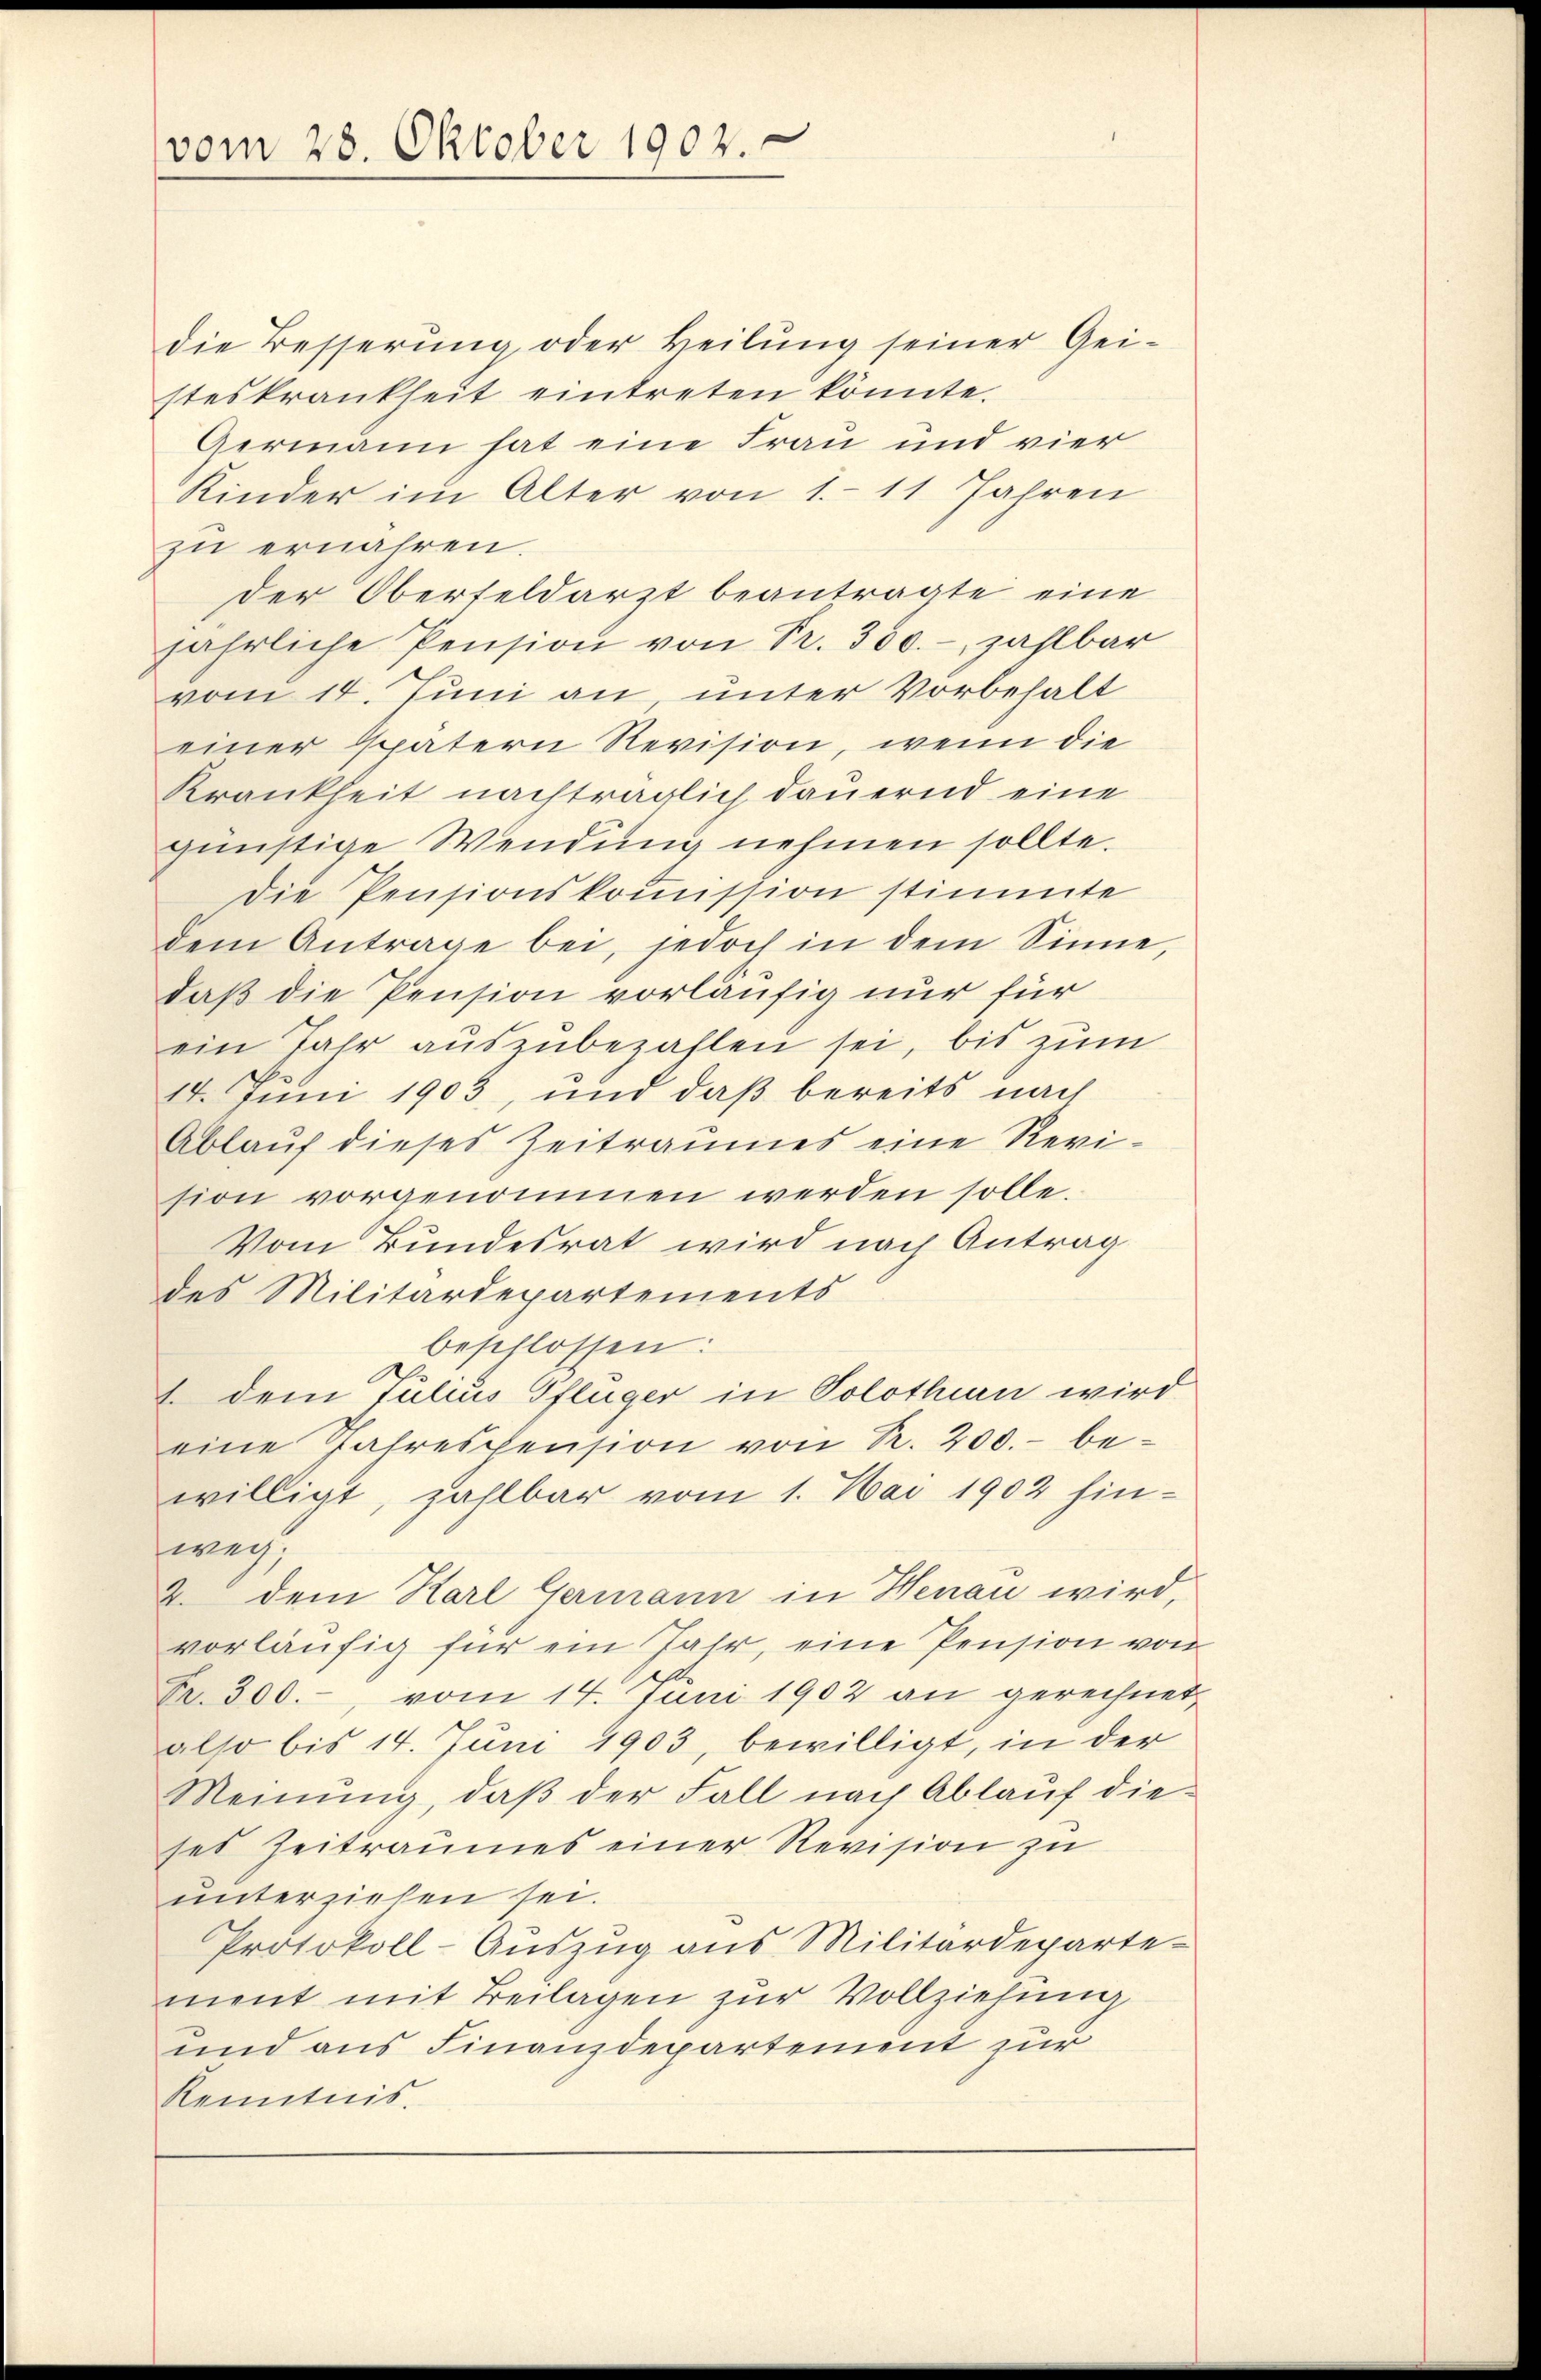
vom 28. Oktober 1902

die Besserung oder Heilung seiner Gei-
steskrankheit eintreten könnte.
Germann hat eine Frau und vier
Kinder im Alter von 1. 11 Jahren
zu ernähren.
der Oberfeldarzt beantragte eine
jährliche Pension von Fr. 300.- zahlbar
vom 14. Juni an, unter Vorbehalt
einer spätern Revision, wenn die
Krankheit nachträglich dauernd eine
günstige Wendung nehmen sollte.
Die Pensionskommission stimmte
dem Antrage bei, jedoch in dem Sinne,
daß die Pension vorläufig nur für
ein Jahr aŭszŭbezahlen sei, bis zum
14. Juni 1903, und daß bereits nach
Ablauf dieses Zeitraumes eine Revision vorgenommen werden solle.
Vom Bundesrat wird nach Antrag
des Militärdepartements
beschlossen:
1. dem Julius Pflüger in Solothurn wird
eine Jahrespension von R. 200.- bewilligt, zahlbar vom 1. Mai 1902 hinweg,
2. dem Karl Germann in Henau wird,
vorläufig für ein Jahr, eine Pension von
A.
Fr. 300.-, vom 14. Juni 1902 an gerechnet,
also bis 14. Juni 1903, bewilligt, in der
Meinŭng, daβ der Fall nach Ablaŭf die-
ses Zeitraumes einer Revision zu
unterziehen sei.
Protokoll-Auszug aus Militärdeparte-
ment mit Beilagen zur Vollziehung
und aus Finanzdepartement zur
Kenntnis.